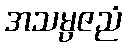
အသမ္ပဇညံ